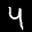
Label: 4